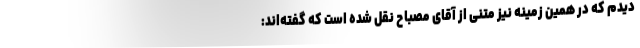
دیدم که در همین زمینه نیز متنی از آقای مصباح نقل شده است که گفته‌اند: